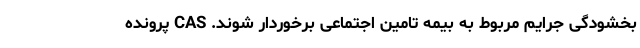
بخشودگی جرایم مربوط به بیمه تامین اجتماعی برخوردار شوند. CAS پرونده